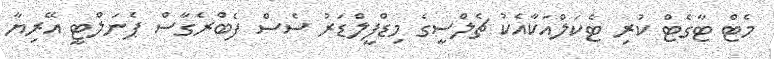
މެޓް ޓާގެޓް ކުރި ޓެކަލްއަކާއެކު ޗެލްސީގެ މިޑްފީލްޑަރު ސެސް ފެބްރެގާސް ޕެނަލްޓީ އޭރިޔާ